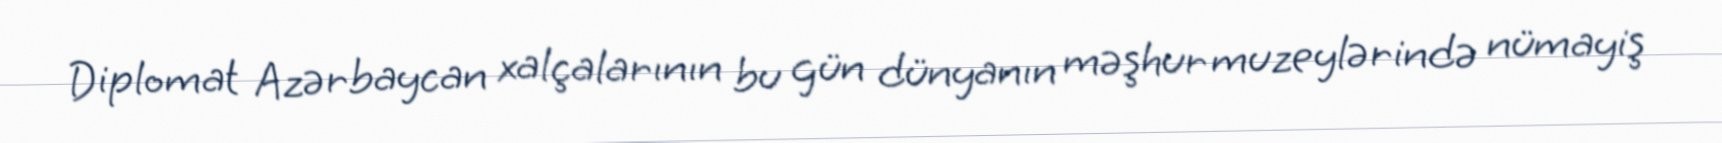
Diplomat Azərbaycan xalçalarının bu gün dünyanın məşhur muzeylərində nümayiş